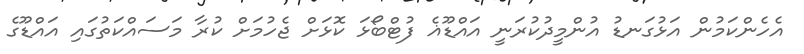
އެހެންކަމުން އަޅުގަނޑު އުންމީދުކުރަނީ އައްޑޫޣެ ފުޓްބޯޅަ ކޮޅަށް ޖެހުމަށް ކުރާ މަސައްކަތުގައި އައްޑޫގެ